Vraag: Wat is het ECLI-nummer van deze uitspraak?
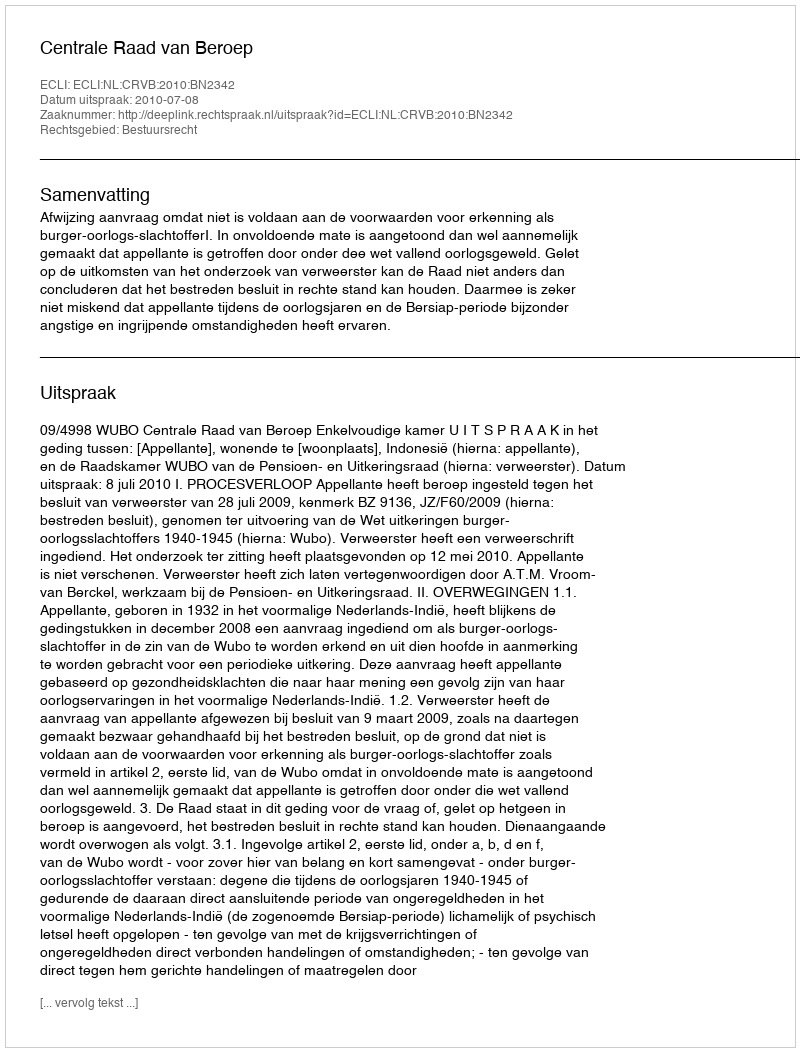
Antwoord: ECLI:NL:CRVB:2010:BN2342